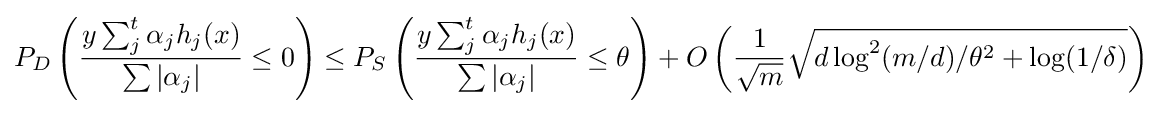
P_{D}\left({\frac {y\sum _{j}^{t}\alpha _{j}h_{j}(x)}{\sum |\alpha _{j}|}}\leq 0\right)\leq P_{S}\left({\frac {y\sum _{j}^{t}\alpha _{j}h_{j}(x)}{\sum |\alpha _{j}|}}\leq \theta \right)+O\left({\frac {1}{\sqrt {m}}}{\sqrt {d\log ^{2}(m/d)/\theta ^{2}+\log(1/\delta )}}\right)